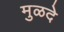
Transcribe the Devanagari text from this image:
मुळदे